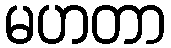
မဟတာ